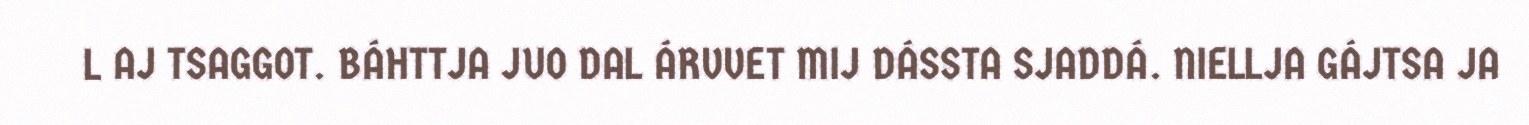
L AJ TSAGGOT. BÁHTTJA JUO DAL ÁRVVET MIJ DÁSSTA SJADDÁ. NIELLJA GÁJTSA JA